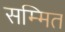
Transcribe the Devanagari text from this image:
सम्मित